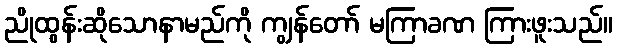
ညိုထွန်းဆိုသောနာမည်ကို ကျွန်တော် မကြာခဏ ကြားဖူးသည်။